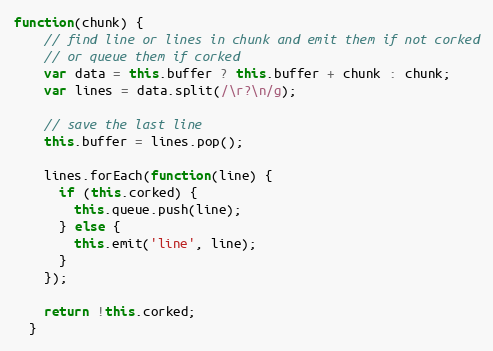
Language: JavaScript
function(chunk) {
    // find line or lines in chunk and emit them if not corked
    // or queue them if corked
    var data = this.buffer ? this.buffer + chunk : chunk;
    var lines = data.split(/\r?\n/g);

    // save the last line
    this.buffer = lines.pop();

    lines.forEach(function(line) {
      if (this.corked) {
        this.queue.push(line);
      } else {
        this.emit('line', line);
      }
    });

    return !this.corked;
  }